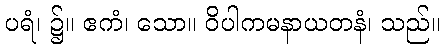
ပရံ၊ ၌။ ဧကံ၊ သော။ ဝိပါကမနာယတနံ၊ သည်။